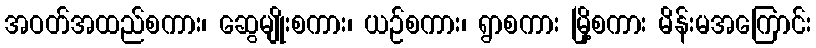
အဝတ်အထည်စကား၊ ဆွေမျိုးစကား၊ ယဉ်စကား၊ ရွာစကား မြို့စကား မိန်းမအကြောင်း